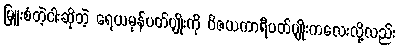
မြူးစံတဲ့ငါးဆိုတဲ့ ရေယမုန်ပတ်ပျိုးကို ဝိဇယကာရီပတ်ပျိုးကလေးလို့လည်း